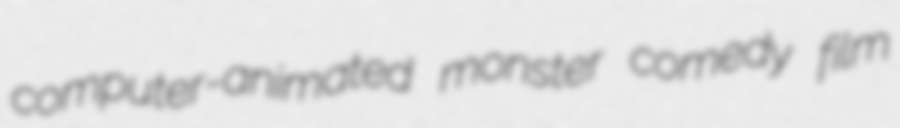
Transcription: computer-animated monster comedy film